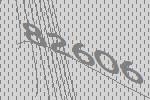
82606